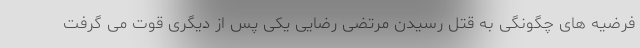
فرضیه های چگونگی به قتل رسیدن مرتضی رضایی یکی پس از دیگری قوت می ‌گرفت